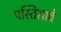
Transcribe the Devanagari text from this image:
पस्तिसावे